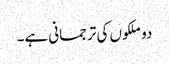
دو ملکوں کی ترجمانی ہے۔